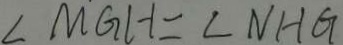
\angle M G H = \angle N H G